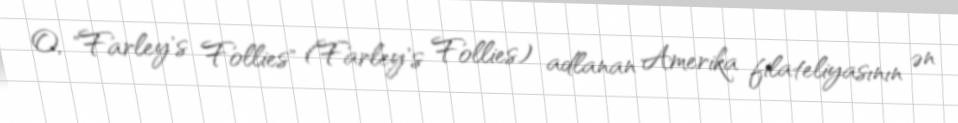
O, "Farley's Follies" (Farley's Follies) adlanan Amerika filateliyasının ən